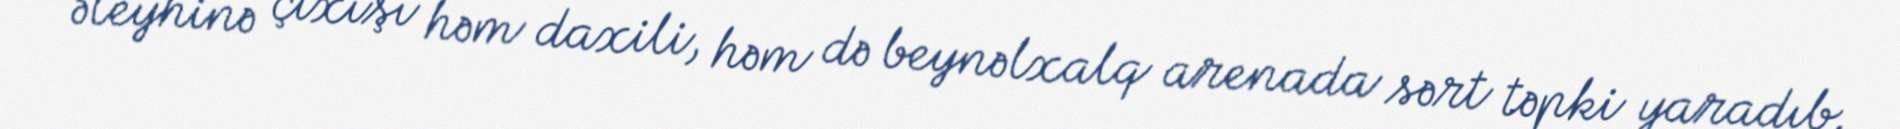
əleyhinə çıxışı həm daxili, həm də beynəlxalq arenada sərt təpki yaradıb.